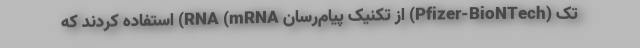
تک (Pfizer-BioNTech) از تکنیک پیام‌رسان RNA (mRNA) استفاده کردند که